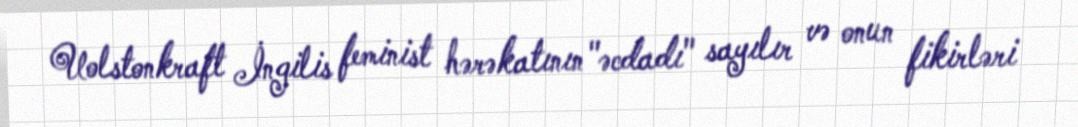
Uolstonkraft İngilis feminist hərəkatının "əcdadı" sayılır və onun fikirləri